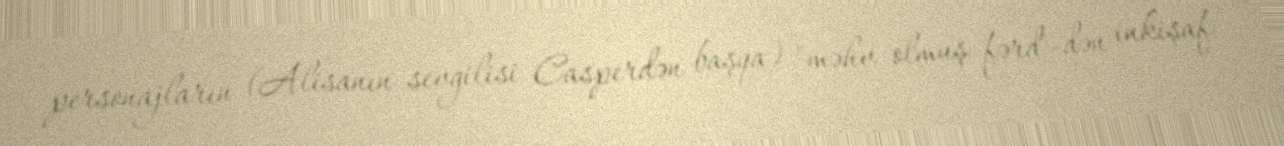
personajların (Alisanın sevgilisi Casperdən başqa) "məhv olmuş fərd"-dən inkişaf